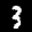
Label: 3